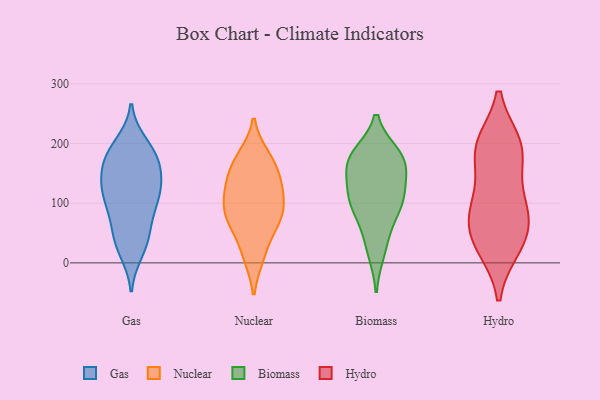
{"axis": {"x": "Conversion Rate (%)", "y": "Value"}, "legend": ["Biomass", "Gas", "Hydro", "Nuclear"], "data": [{"x": "", "y": 183, "type": "Gas"}, {"x": "", "y": 112, "type": "Gas"}, {"x": "", "y": 71, "type": "Gas"}, {"x": "", "y": 161, "type": "Gas"}, {"x": "", "y": 179, "type": "Gas"}, {"x": "", "y": 168, "type": "Gas"}, {"x": "", "y": 49, "type": "Gas"}, {"x": "", "y": 155, "type": "Gas"}, {"x": "", "y": 38, "type": "Gas"}, {"x": "", "y": 190, "type": "Gas"}, {"x": "", "y": 30, "type": "Gas"}, {"x": "", "y": 19, "type": "Gas"}, {"x": "", "y": 113, "type": "Gas"}, {"x": "", "y": 130, "type": "Gas"}, {"x": "", "y": 124, "type": "Gas"}, {"x": "", "y": 103, "type": "Gas"}, {"x": "", "y": 131, "type": "Gas"}, {"x": "", "y": 199, "type": "Gas"}, {"x": "", "y": 86, "type": "Gas"}, {"x": "", "y": 178, "type": "Nuclear"}, {"x": "", "y": 128, "type": "Nuclear"}, {"x": "", "y": 11, "type": "Nuclear"}, {"x": "", "y": 113, "type": "Nuclear"}, {"x": "", "y": 149, "type": "Nuclear"}, {"x": "", "y": 172, "type": "Nuclear"}, {"x": "", "y": 76, "type": "Nuclear"}, {"x": "", "y": 89, "type": "Nuclear"}, {"x": "", "y": 85, "type": "Nuclear"}, {"x": "", "y": 63, "type": "Nuclear"}, {"x": "", "y": 125, "type": "Nuclear"}, {"x": "", "y": 12, "type": "Nuclear"}, {"x": "", "y": 171, "type": "Nuclear"}, {"x": "", "y": 84, "type": "Nuclear"}, {"x": "", "y": 58, "type": "Nuclear"}, {"x": "", "y": 131, "type": "Nuclear"}, {"x": "", "y": 176, "type": "Biomass"}, {"x": "", "y": 101, "type": "Biomass"}, {"x": "", "y": 163, "type": "Biomass"}, {"x": "", "y": 112, "type": "Biomass"}, {"x": "", "y": 174, "type": "Biomass"}, {"x": "", "y": 53, "type": "Biomass"}, {"x": "", "y": 19, "type": "Biomass"}, {"x": "", "y": 103, "type": "Biomass"}, {"x": "", "y": 180, "type": "Biomass"}, {"x": "", "y": 155, "type": "Biomass"}, {"x": "", "y": 103, "type": "Biomass"}, {"x": "", "y": 188, "type": "Hydro"}, {"x": "", "y": 32, "type": "Hydro"}, {"x": "", "y": 197, "type": "Hydro"}, {"x": "", "y": 187, "type": "Hydro"}, {"x": "", "y": 117, "type": "Hydro"}, {"x": "", "y": 92, "type": "Hydro"}, {"x": "", "y": 75, "type": "Hydro"}, {"x": "", "y": 42, "type": "Hydro"}, {"x": "", "y": 27, "type": "Hydro"}, {"x": "", "y": 196, "type": "Hydro"}, {"x": "", "y": 81, "type": "Hydro"}]}